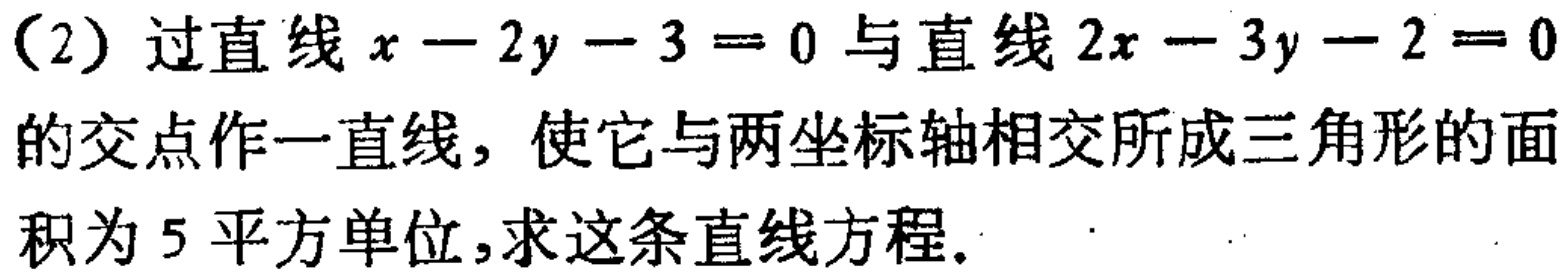
（2）过直线\(x - 2y - 3 = 0\)与直线\(2x - 3y - 2 = 0\)的交点作一直线，使它与两坐标轴相交所成三角形的面积为\(5\)平方单位，求这条直线方程。